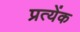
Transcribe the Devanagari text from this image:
प्रत्येंक